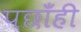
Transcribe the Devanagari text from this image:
पछाँही